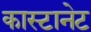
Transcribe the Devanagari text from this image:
कास्टानेट